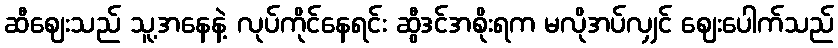
ဆီဈေးသည် သူ့အနေနဲ့ လုပ်ကိုင်နေရင်း ဆွီဒင်အစိုးရက မလိုအပ်လျှင် ဈေးပေါက်သည်